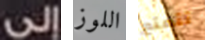
لإلى اللوز تتمتع